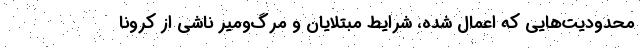
محدودیت‌هایی که اعمال شده، شرایط مبتلایان و مرگ‌و‌میر ناشی از کرونا